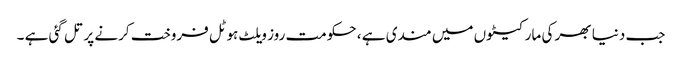
جب دنیا بھر کی مارکیٹوں میں مندی ہے ، حکومت روز ویلٹ ہوٹل فروخت کرنے پر تل گئی ہے ۔